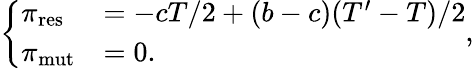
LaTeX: \left\{ \begin{array}{ll}{\pi_{\mathrm{res}}}&{=-cT/2+(b-c)(T^{\prime}-T)/2}\\ {\pi_{\mathrm{mut}}}&{=0.}\end{array}\right.,